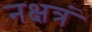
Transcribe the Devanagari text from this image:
नक्षत्रं